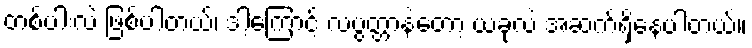
တစ်ပါးလဲ ဖြစ်ပါတယ်၊ ဒါ့ကြောင့် လပွတ္တာနဲ့တော့ ယခုလဲ အဆက်ရှိနေပါတယ်။